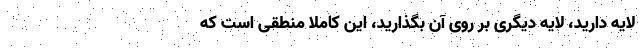
لایه دارید، لایه دیگری بر روی آن بگذارید، این کاملا منطقی است که